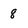
Character: 8